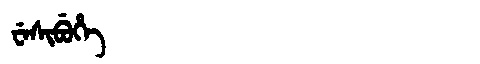
Manchu: ᠸᡝᠰᡳᠪᡠᡥᡝ
Romanization: WESIBUHE